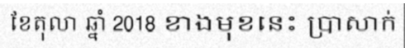
ខែតុលា ឆ្នាំ 2018 ខាងមុខនេះ ប្រាសាក់